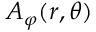
A _ { \varphi } ( r , \theta )